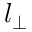
l _ { \perp }